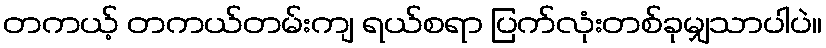
တကယ့် တကယ်တမ်းကျ ရယ်စရာ ပြက်လုံးတစ်ခုမျှသာပါပဲ။